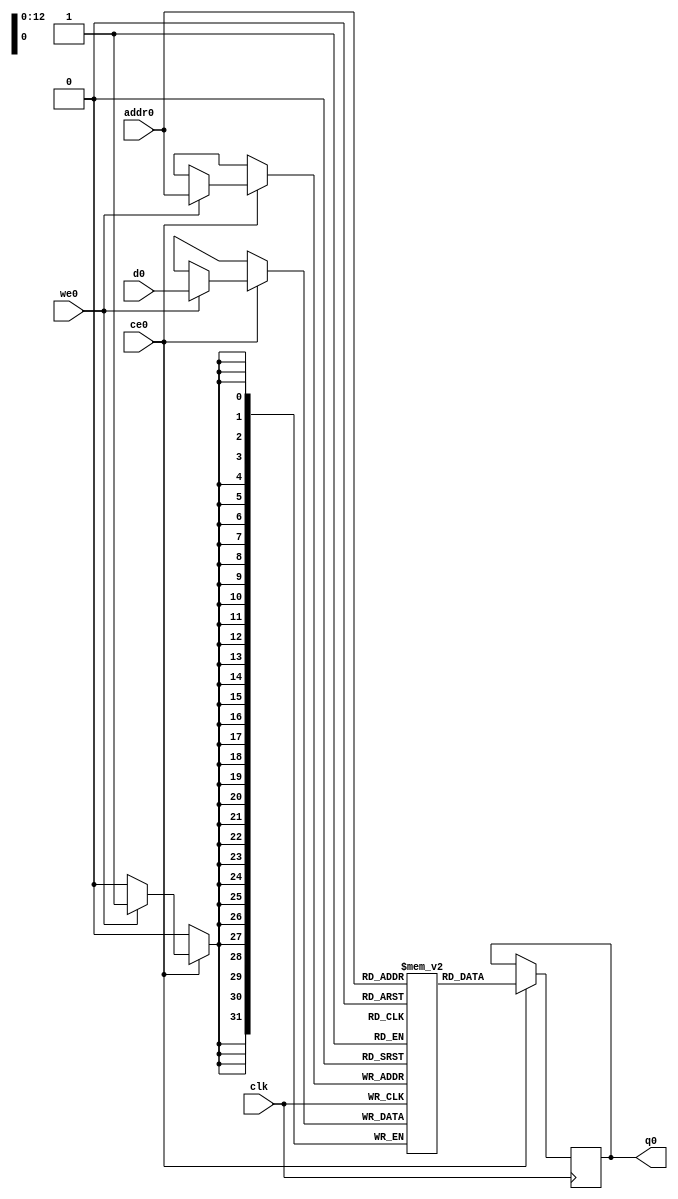
// ==============================================================
// Vivado(TM) HLS - High-Level Synthesis from C, C++ and SystemC v2019.1 (64-bit)
// Copyright 1986-2019 Xilinx, Inc. All Rights Reserved.
// ==============================================================
`timescale 1 ns / 1 ps
module Prediction_o_conv1_ram (addr0, ce0, d0, we0, q0,  clk);

parameter DWIDTH = 32;
parameter AWIDTH = 13;
parameter MEM_SIZE = 4704;

input[AWIDTH-1:0] addr0;
input ce0;
input[DWIDTH-1:0] d0;
input we0;
output reg[DWIDTH-1:0] q0;
input clk;

(* ram_style = "block" *)reg [DWIDTH-1:0] ram[0:MEM_SIZE-1];




always @(posedge clk)  
begin 
    if (ce0) 
    begin
        if (we0) 
        begin 
            ram[addr0] <= d0; 
        end 
        q0 <= ram[addr0];
    end
end


endmodule

`timescale 1 ns / 1 ps
module Prediction_o_conv1(
    reset,
    clk,
    address0,
    ce0,
    we0,
    d0,
    q0);

parameter DataWidth = 32'd32;
parameter AddressRange = 32'd4704;
parameter AddressWidth = 32'd13;
input reset;
input clk;
input[AddressWidth - 1:0] address0;
input ce0;
input we0;
input[DataWidth - 1:0] d0;
output[DataWidth - 1:0] q0;



Prediction_o_conv1_ram Prediction_o_conv1_ram_U(
    .clk( clk ),
    .addr0( address0 ),
    .ce0( ce0 ),
    .we0( we0 ),
    .d0( d0 ),
    .q0( q0 ));

endmodule